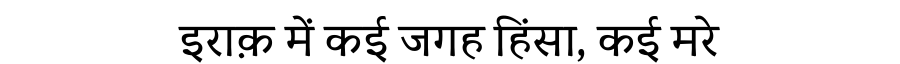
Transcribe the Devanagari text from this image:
इराक़ में कई जगह हिंसा, कई मरे